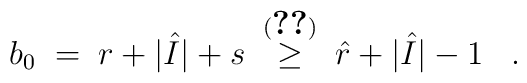
b_0 \;=\; r + |\hat{I}| + s \;\stackrel{(\ref{l:li0})}{\geq}\; \hat{r} + |\hat{I}| - 1 \;\;\; .